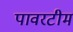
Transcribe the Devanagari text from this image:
पावरटीम